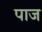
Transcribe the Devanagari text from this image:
पाज